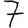
Digit: 7